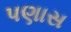
પણાસ